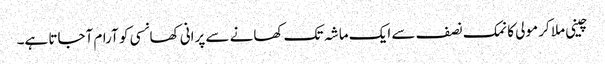
چینی ملا کر مولی کا نمک نصف سے ایک ماشہ تک کھانے سے پرانی کھانسی کو آرام آجاتا ہے۔